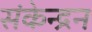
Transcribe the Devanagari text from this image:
संकेन्द्रन